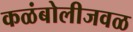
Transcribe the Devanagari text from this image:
कळंबोलीजवळ